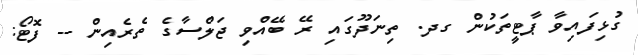
ގުޅިފައިވާ ޕާޓީތަކުން ގދ. ތިނަދޫގައި ރޭ ބޭއްވި ޖަލްސާގެ ތެރެއިން -- ފޮޓޯ: